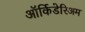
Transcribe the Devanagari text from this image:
ऑर्किडेरिअम